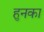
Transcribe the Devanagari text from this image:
हुनका